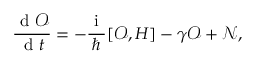
\frac { \mathrm { ~ d ~ } \mathcal { O } } { \mathrm { ~ d ~ } t } = - \frac { \mathrm { ~ i ~ } } { \hbar } [ \mathcal { O } , H ] - \gamma \mathcal { O } + \mathcal { N } ,